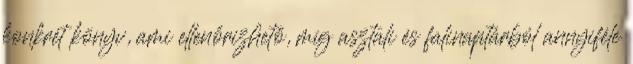
konkrét könyv, ami ellenőrizhető, míg asztali és falinaptárból annyiféle